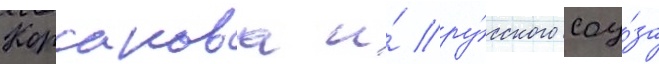
Корсакова и́ ру́сского соу́за